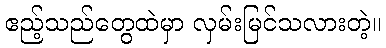
ဧည့်သည်တွေထဲမှာ လှမ်းမြင်သလားတဲ့။